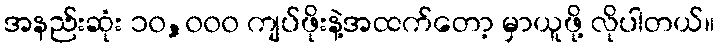
အနည်းဆုံး ၁၀,၀၀၀ ကျပ်ဖိုးနဲ့အထက်တော့ မှာယူဖို့ လိုပါတယ်။